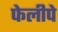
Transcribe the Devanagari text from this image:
फेलीपे